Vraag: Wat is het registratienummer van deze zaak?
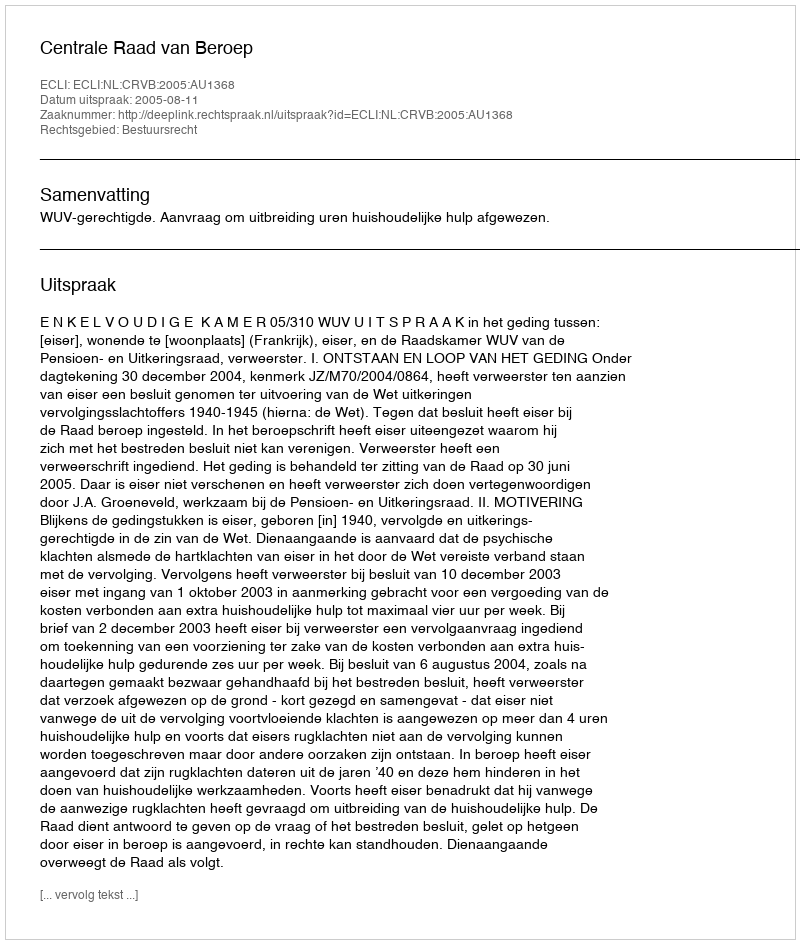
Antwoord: http://deeplink.rechtspraak.nl/uitspraak?id=ECLI:NL:CRVB:2005:AU1368